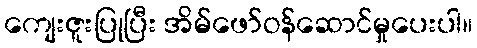
ကျေးဇူးပြုပြီး အိမ်ဖော်ဝန်ဆောင်မှုပေးပါ။